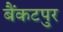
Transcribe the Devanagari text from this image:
बैंकटपुर